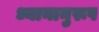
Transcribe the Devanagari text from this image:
ध्यानानुरूप